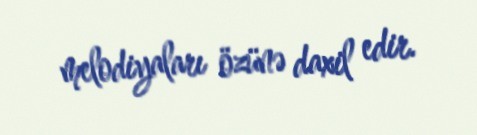
melodiyaları özünə daxil edir.